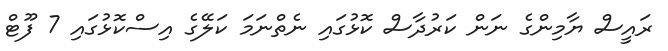
ރައީސް ޔާމިންގެ ނަން ކަރުދާސް ކޮޅުގައި ނެތްނަމަ ކަލޭގެ އިސްކޮޅުގައި 7 ފޫޓް